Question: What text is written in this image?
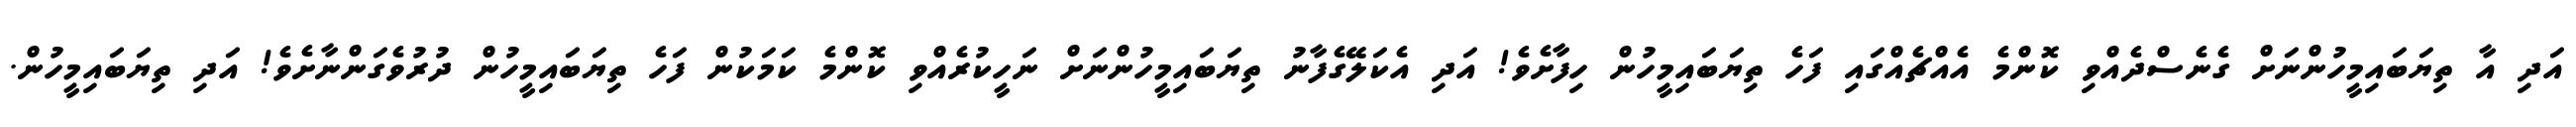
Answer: އަދި އާ ތިޔަބައިމީހުންނަށް ގެނެސްދެއްވި ކޮންމެ އެއްޗެއްގައި ފަހެ ތިޔަބައިމީހުން ހިފާށެވެ! އަދި އެކަލޭގެފާނު ތިޔަބައިމީހުންނަށް ނަހީކުރެއްވި ކޮންމެ ކަމަކުން ފަހެ ތިޔަބައިމީހުން ދުރުވެގަންނާށެވެ! އަދި ތިޔަބައިމީހުން.